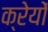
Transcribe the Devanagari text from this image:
क्रेयों